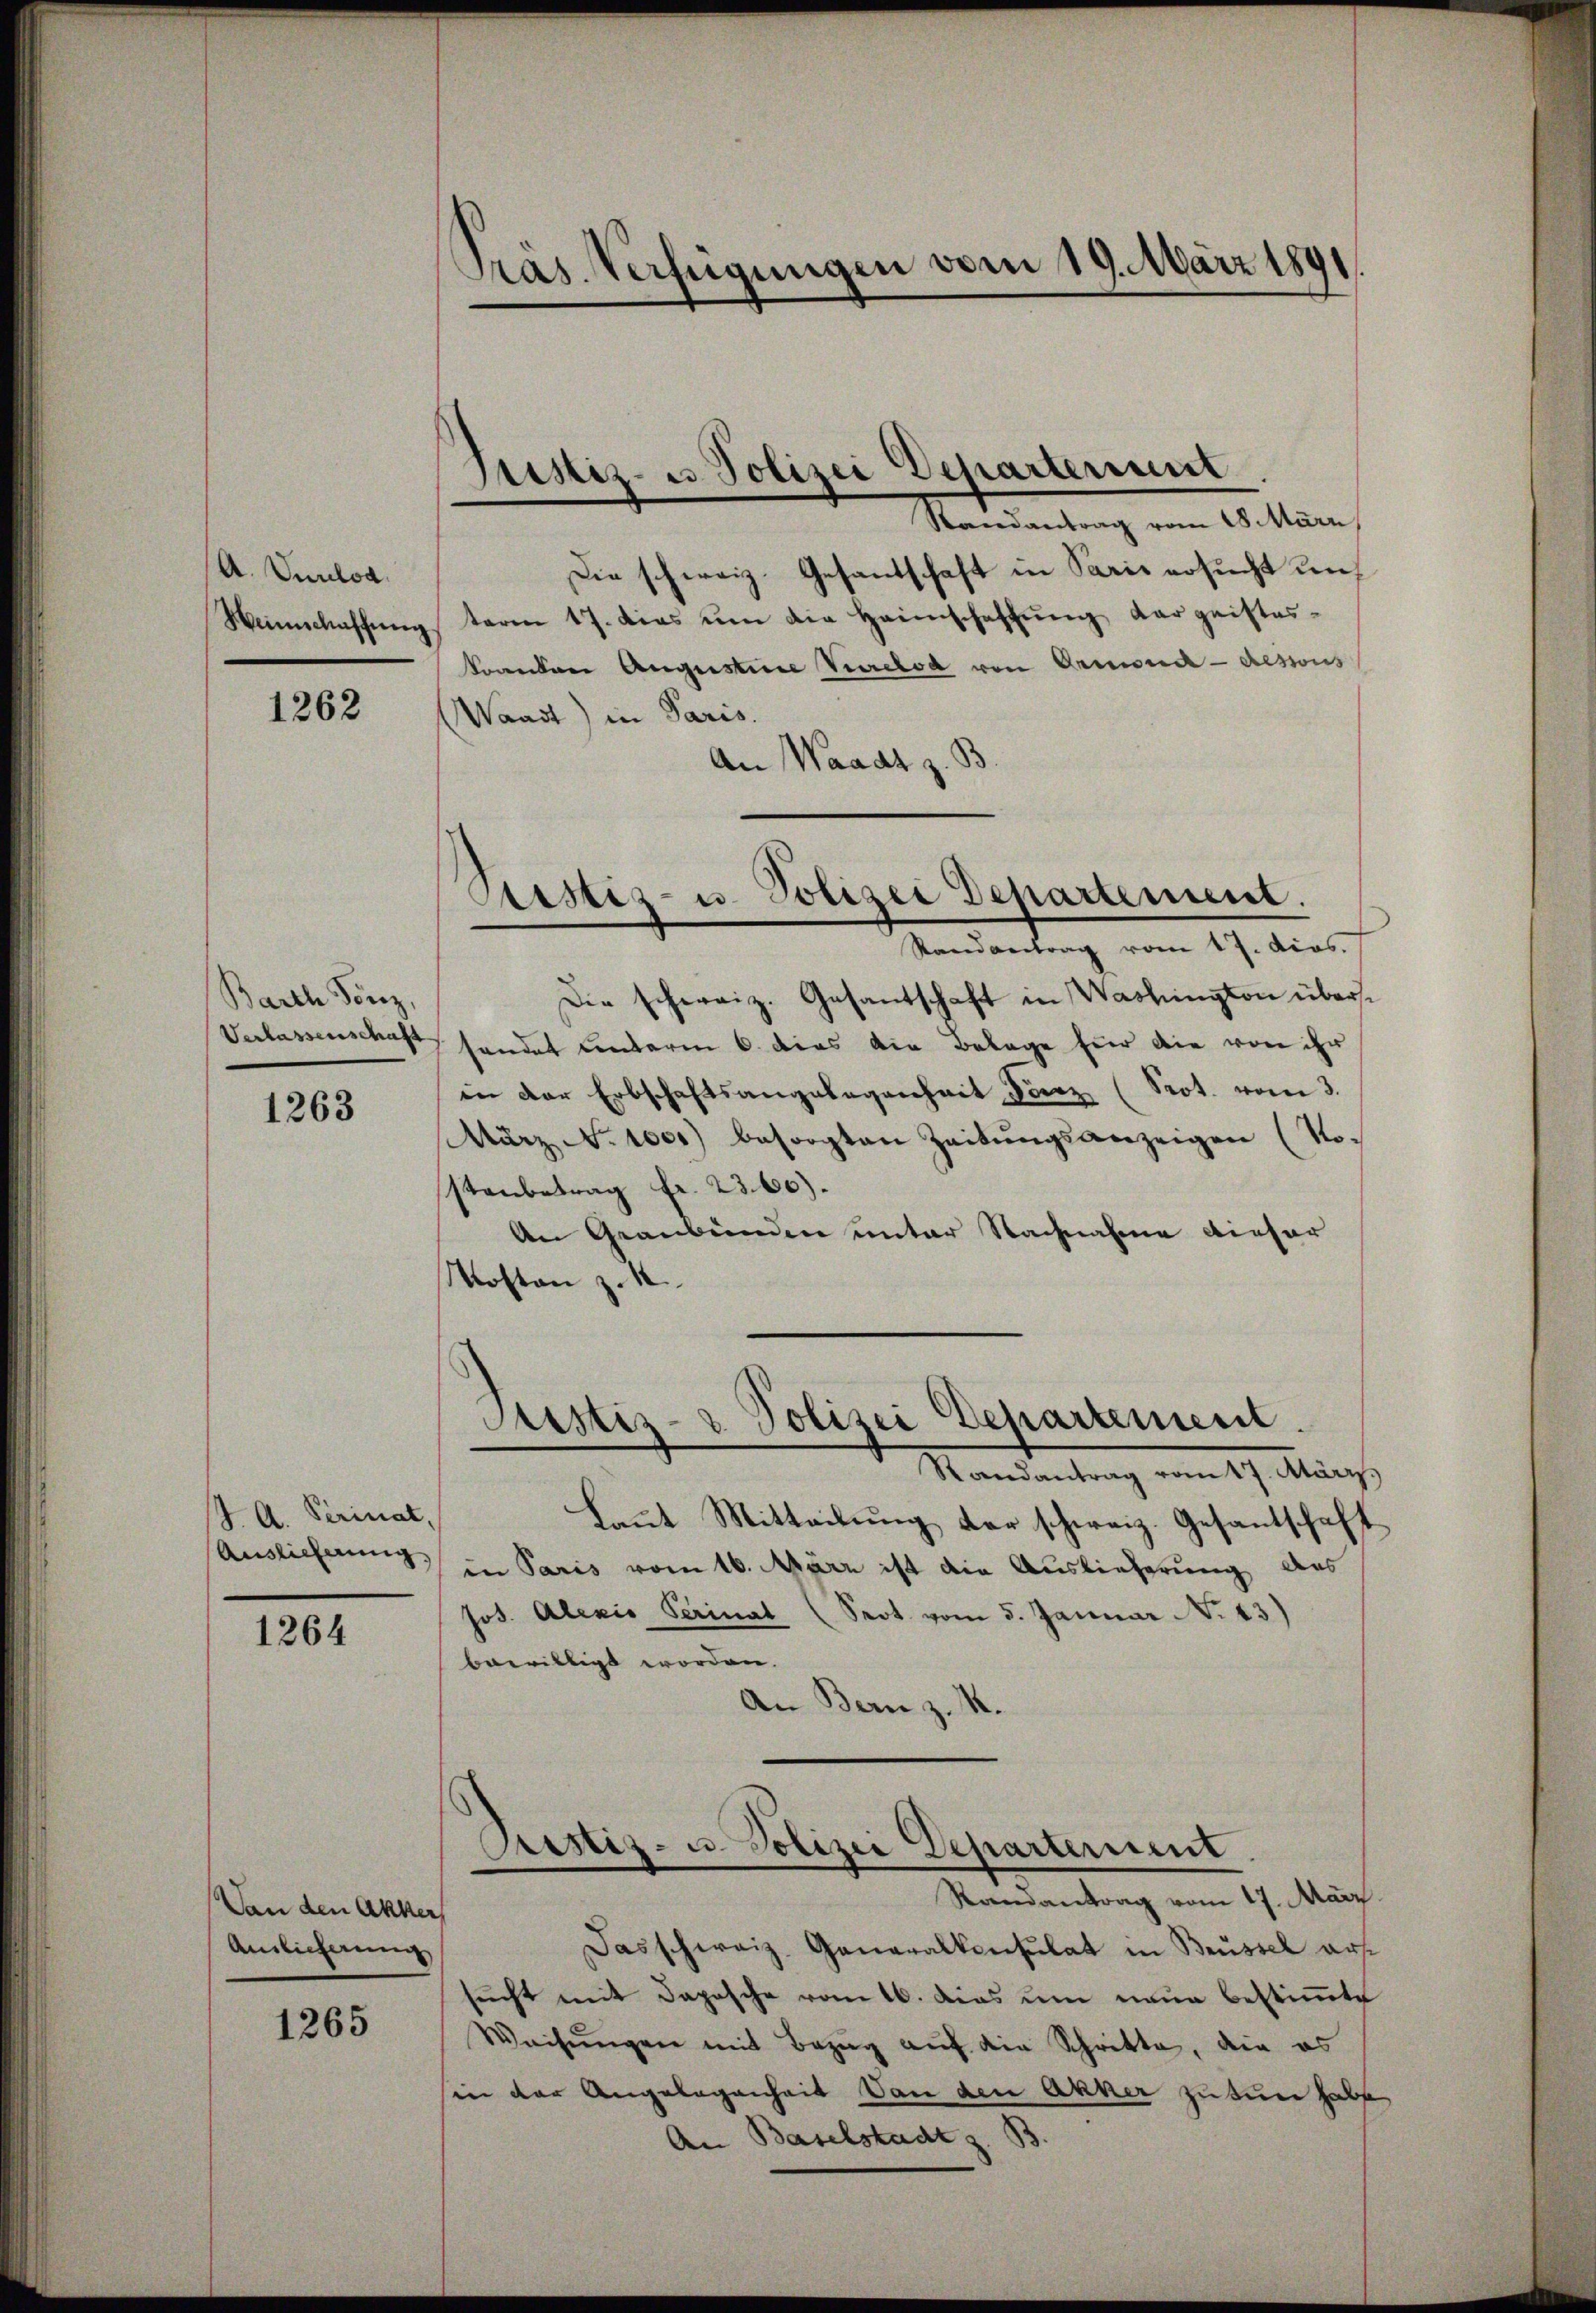
A. Verlog.

1262

Barth Sönz,
Verlassenschaft

1263

J. A. Perinat

1264

Dan den Akker,
Auslieferung

1265

Präs. Verfügungen vom 19. März 1891.

Randantrag vom 8. März,
Die schweiz. Gesandschaft in Paris ersucht un¬
Neinschaffŭng taren 17. dies ŭm die Heimschaffŭng Cargeistes-
konnten Augustine Verrelod von Ormond-dessous
Waadt) in Paris.
An Waadt z. S

Justiz- u. Polizei Departement

Die schweiz. Gesantschaft in Washington überssendet unterm 6. dies die Belage für die von ihr
in der Erbschaftsangelegenheit Fierz (Prot. vom 3.
März No 100.) besorgten Zeitŭngsanzeigen (No-
stanbetrag Fr. 2360).
An Graubünden unter Nachnahme dieser
Mosten z. 1

Ristiz- u. Polizei Departement.
Randantrag vom 17. ders.

Justiz- & Polizei Departement.

Randantrag vom 17. März,
Laut Mitteilung der schweiz. Gesantschaft
Auslieferung in Paris vom 16. März ist die Auslieferung des
Jos. Alexio Perinat (Seot. vom 5. Januar N. 13)
bewilligt worden.
An Bern z. R.

Pestiz- u. Polizei Departerient
Randantrag vom 17. März.

Das schweiz. Generalkonsulat in Brüssel arssŭcht mit Japasche vom 16. Das um neue bestiṁte
Weisŭngen mit Bezug auf die Schritte, die es
sin der Angelegenheit an den Akker zu tun habe
An Baselstadt z. B.